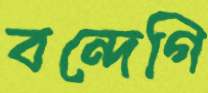
বন্দেগি